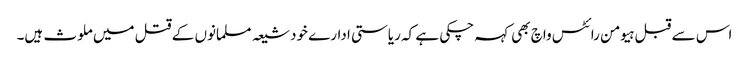
اس سے قبل ہیومن رائٹس واچ بھی کہہ چکی ہے کہ ریاستی ادارے خود شیعہ مسلمانوں کے قتل میں ملوث ہیں۔